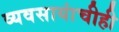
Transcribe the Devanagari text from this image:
व्यवसायांचीही